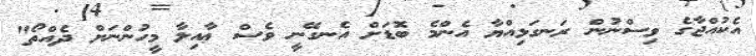
އެކުއްޖާގެ ވިސްނުން ރަނގަޅިއްޔާ އެންމެ ބޮޑަށް އެނގޭނީ ވެސް ޢާއިލާ މީހުންނަށް ދެއްތޯ"